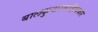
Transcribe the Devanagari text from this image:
बालकुमारसाहित्यकार